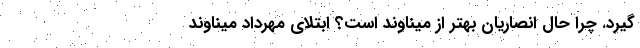
گیرد. چرا حال انصاریان بهتر از میناوند است؟ ابتلای مهرداد میناوند